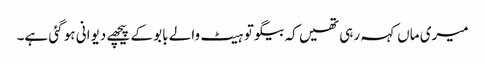
میری ماں کہہ رہی تھیں کہ بیگو تو ہیٹ والے بابو کے پیچھے دیوانی ہو گئی ہے۔